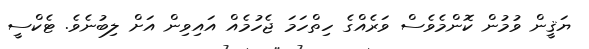
ޔަޤީން ވުމުން ކޮންމެވެސް ވަރެއްގެ ހިތްހަމަ ޖެހުމެއް އައިވިން އަށް ލިބުނެވެ. ޓެކްސީ